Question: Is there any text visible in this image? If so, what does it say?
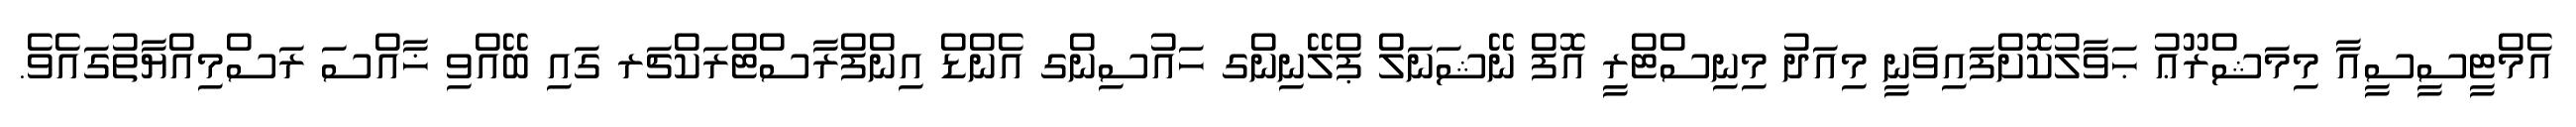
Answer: އެމްޓީސީސީއާ މިމަޝްރޫޢު ޙަވާލުކޮށްފައިވަނީ މިއަދު މިނިސްޓްރީ އޮފް ނޭޝަނަލް ޕްލޭނިންގ ހައުސިންގ އެންޑް އިންފްރާސްޓްރަކްޗަރ ގައި ބޭއްވި ޚާއްސަ ރަސްމިއްޔާތުގައެވެ.